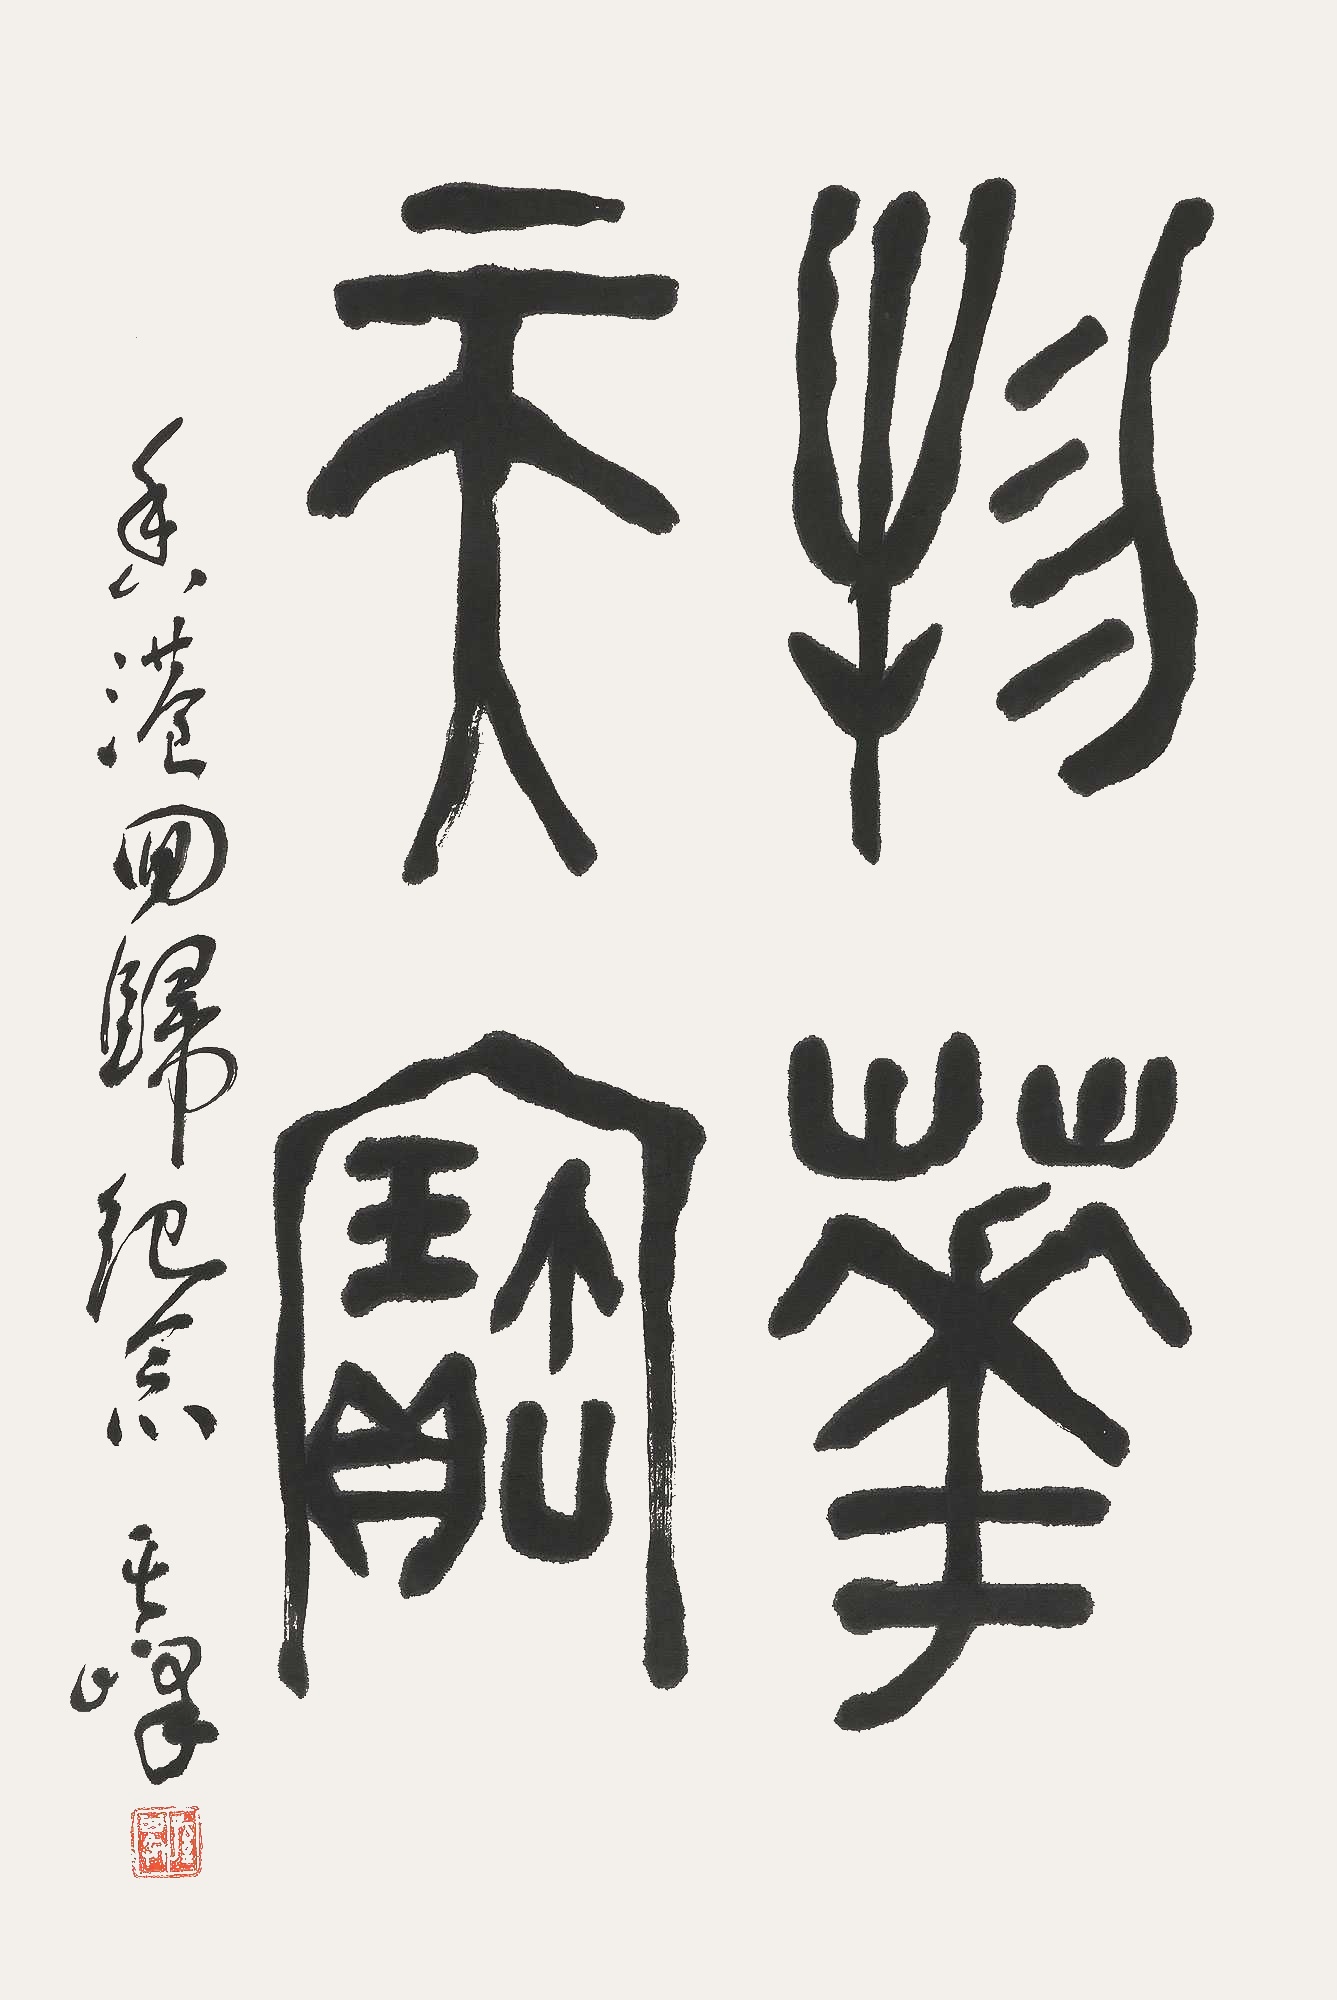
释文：物华天宝香港回归纪念，其峰。